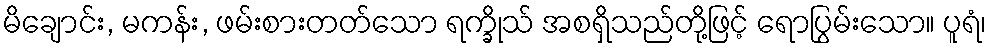
မိချောင်း, မကန်း, ဖမ်းစားတတ်သော ရက္ခိုသ် အစရှိသည်တို့ဖြင့် ရောပြွမ်းသော။ ပူရံ၊